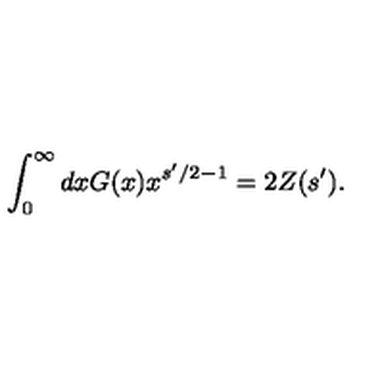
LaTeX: \int _ { 0 } ^ { \infty } d x G ( x ) x ^ { s ^ { \prime } / 2 - 1 } = 2 Z ( s ^ { \prime } ) .